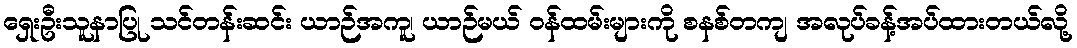
ရှေးဦးသူနာပြု သင်တန်းဆင်း ယာဉ်အကူ၊ ယာဉ်မယ် ဝန်ထမ်းများကို စနစ်တကျ အလုပ်ခန့်အပ်ထားတယ်လို့